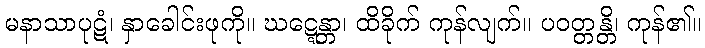
မနာသာပုဋံ၊ နှာခေါင်းဖုကို။ ဃဋ္ဋေန္တာ၊ ထိခိုက် ကုန်လျက်။ ပဝတ္တန္တိ၊ ကုန်၏။